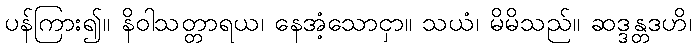
ပန်ကြား၍။ နိဝါသတ္တာရယ၊ နေအံ့သောငှာ။ သယံ၊ မိမိသည်။ ဆဒ္ဒန္တဒဟိ၊